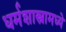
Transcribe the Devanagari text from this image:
धर्मशास्त्रामध्ये